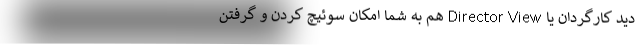
دید کارگردان یا Director View هم به شما امکان سوئیچ کردن و گرفتن